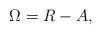
LaTeX: \begin{align*}\Omega=R-A,\end{align*}